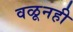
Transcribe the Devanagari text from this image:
वळूनही